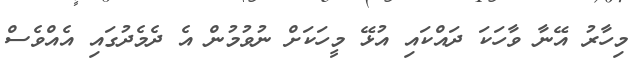
މިހާރު އޭނާ ވާހަކަ ދައްކައި އުޅޭ މީހަކަށް ނުވުމުން އެ ދެމެދުގައި އެއްވެސް